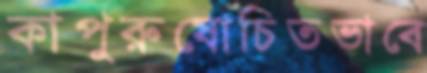
কাপুরুষোচিতভাবে